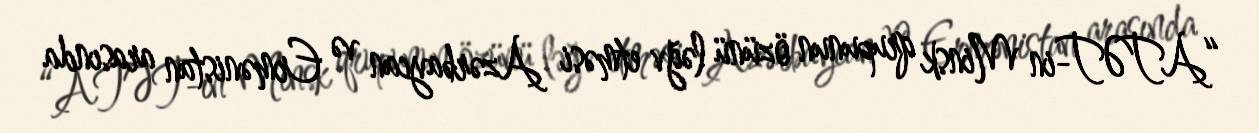
“ATƏT-in Minsk qrupunun özünü ləğv etməsi Azərbaycan və Ermənistan arasında